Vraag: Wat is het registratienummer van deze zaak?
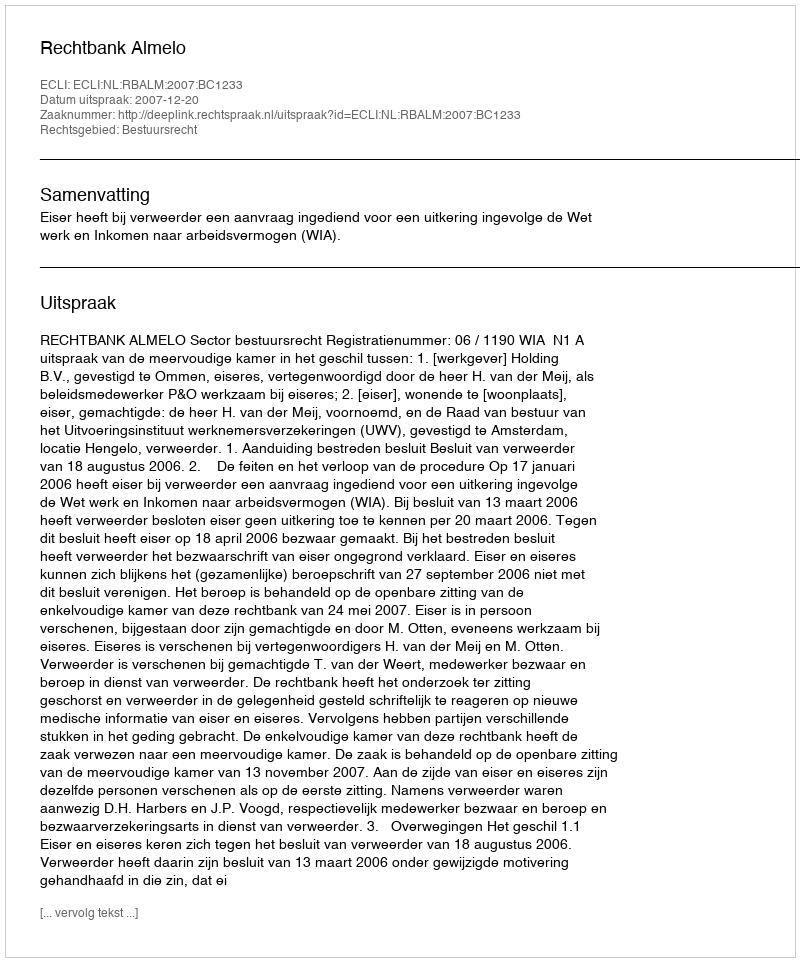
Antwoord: http://deeplink.rechtspraak.nl/uitspraak?id=ECLI:NL:RBALM:2007:BC1233